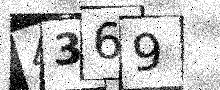
Text: 4369